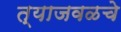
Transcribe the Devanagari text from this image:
त्याजवळचे